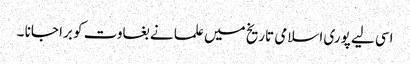
اسی لیے پوری اسلامی تاریخ میں علما نے بغاوت کو برا جانا ۔